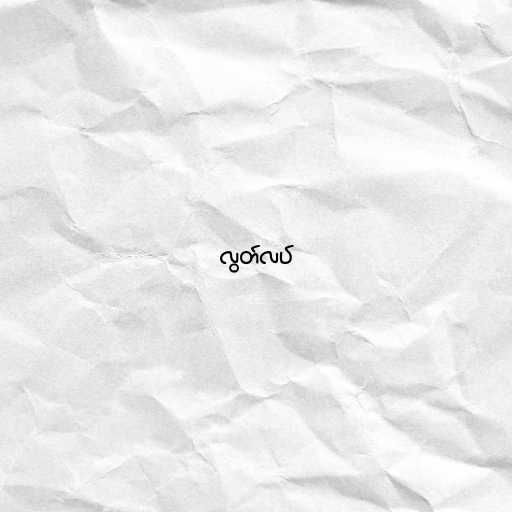
လွတ်လပ်